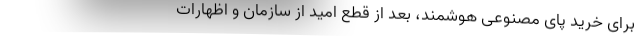
برای خرید پای مصنوعی هوشمند، بعد از قطع امید از سازمان و اظهارات